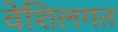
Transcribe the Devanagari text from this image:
वेशिलगत